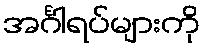
အင်္ဂါရပ်များကို